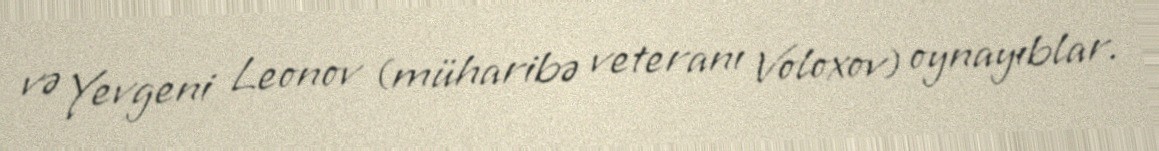
və Yevgeni Leonov (müharibə veteranı Voloxov) oynayıblar.